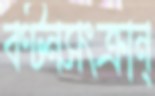
বণ্টনসংক্রান্